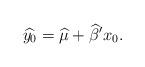
LaTeX: \begin{align*}\widehat{y_0}=\widehat{\mu}+ \widehat{\beta}'x_0 .\end{align*}